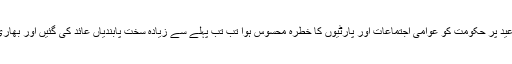
یعنی جب جب رمضان اور عید پر حکومت کو عوامی اجتماعات اور پارٹیوں کا خطرہ محسوس ہوا تب تب پہلے سے زیادہ سخت پابندیاں عائد کی گئیں اور بھاری جرمانوں کا اعلان کیا گیا۔